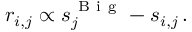
r _ { i , j } \propto s _ { j } ^ { \mathrm { ~ B ~ i ~ g ~ } } - s _ { i , j } \, .